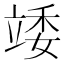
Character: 𥪍